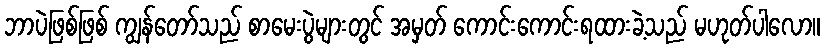
ဘာပဲဖြစ်ဖြစ် ကျွန်တော်သည် စာမေးပွဲများတွင် အမှတ် ကောင်းကောင်းရထားခဲ့သည် မဟုတ်ပါလော။